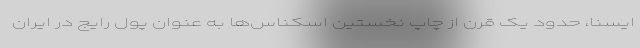
ایسنا، حدود یک قرن از چاپ نخستین اسکناس‌ها به عنوان پول رایج در ایران